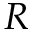
R